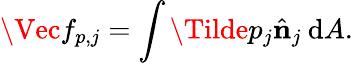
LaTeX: \Vec{f}_{p,j}=\int\Tilde{p}_{j}\hat{\mathbf{n}}_{j}\: \mathrm{d}A.